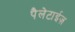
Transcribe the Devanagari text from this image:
पैलेटाईज़